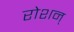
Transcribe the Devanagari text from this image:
रोशन्